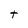
Character: t